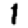
Digit: 1